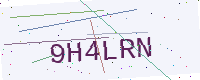
Text: 9H4LRN